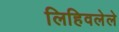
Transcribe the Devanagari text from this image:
लिहिवलेले